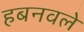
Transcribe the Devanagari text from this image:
हबनवले